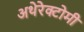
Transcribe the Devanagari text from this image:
अथेरेक्टोमी